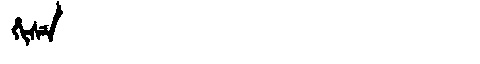
Manchu: ᡥᡳᠰᡝ
Romanization: HISE